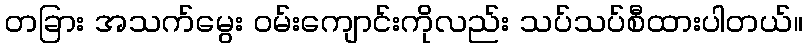
တခြား အသက်မွေး ဝမ်းကျောင်းကိုလည်း သပ်သပ်စီထားပါတယ်။